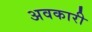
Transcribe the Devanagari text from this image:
अवकारी